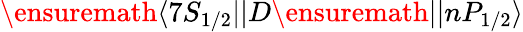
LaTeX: \ensuremath{\langle 7S_{1/2}||}D\ensuremath{||nP_{1/2}\rangle}